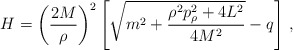
\begin{align*}H = \left(\frac{2M}{\rho}\right)^2 \left[ \sqrt{m^2 +\frac{\rho^2p_\rho^2 + 4L^2}{4M^2}} -q\right]\,,\end{align*}